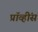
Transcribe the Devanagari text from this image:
प्रॉव्हींस